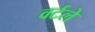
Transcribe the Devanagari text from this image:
वर्टले